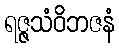
ရဇ္ဇသံဝိဘဇနံ